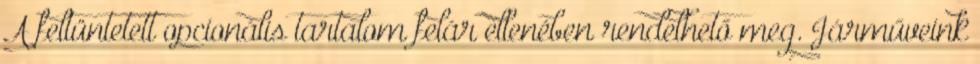
A feltüntetett opcionális tartalom felár ellenében rendelhető meg. Járműveink